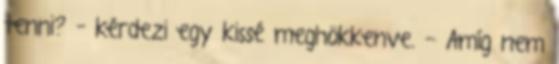
tenni? – kérdezi egy kissé meghökkenve. - Amíg nem